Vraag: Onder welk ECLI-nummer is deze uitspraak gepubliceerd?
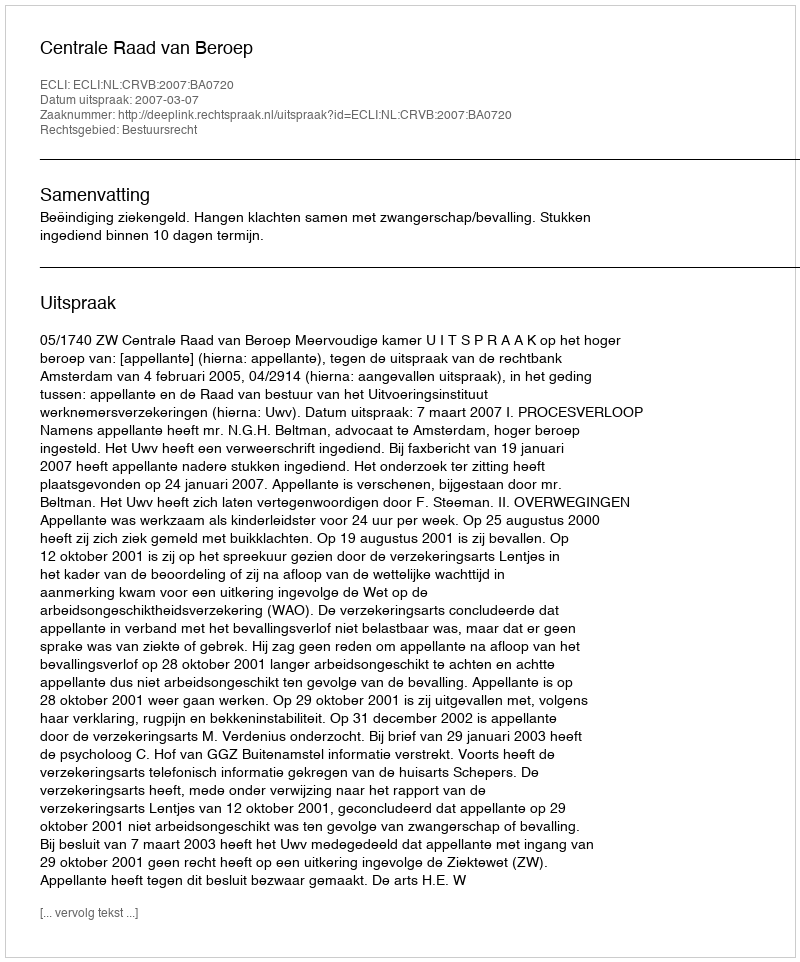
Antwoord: ECLI:NL:CRVB:2007:BA0720